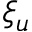
\xi _ { u }